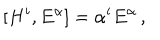
[ H ^ { i } , E ^ { \alpha } ] = \alpha ^ { i } E ^ { \alpha } \, ,